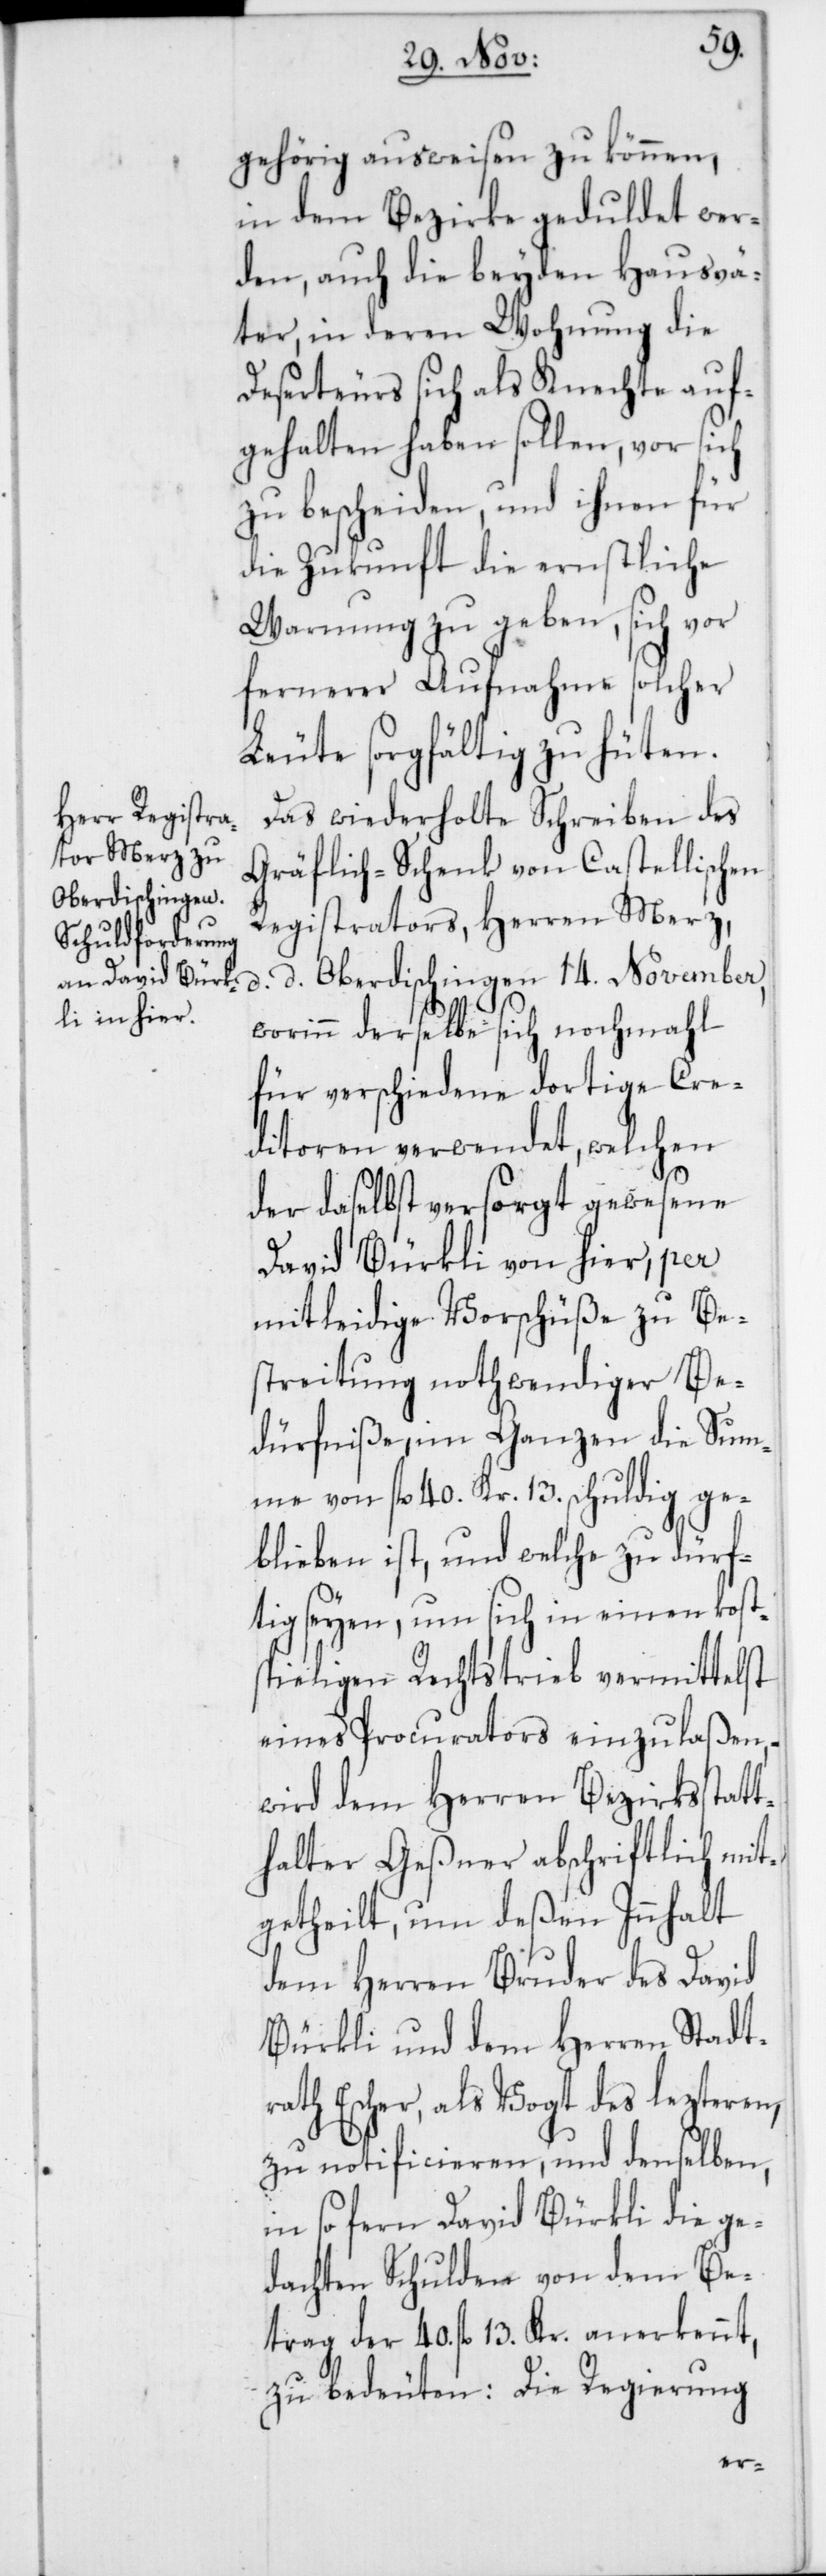
gehörig ausweisen zu können,
in dem Bezirke geduldet wer¬
den, auch die beyden Hausvä¬
ter, in deren Wohnung die
Deserteurs sich als Knechte auf¬
gehalten haben sollen, vor sich
zu bescheiden, und ihnen für
die Zukunft die ernstliche
Warnung zu geben, sich vor
fernerer Aufnahme solcher
Leute sorgfältig zu hüten.
Das wiederholte Schreiben des
Gräflich-Schenk von Castellischen
Registrators, Herren Merz,
d. d. Oberdischingen 14t. November,
worinn derselbe sich nochmahl
für verschiedene dortige Cre¬
ditoren verwendet, welchen
der daselbst versorgt gewesene
David Bürkli von hier, per
mitleidige Vorschüße zu Be¬
streitung nothwendiger Be¬
dürfniße, im Ganzen die Sum¬
me von fl. 40. Kr. 13. schuldig ge¬
blieben ist, und welche zu dürf¬
tig seyen, um sich in einen kost¬
spieligen Rechtstrieb vermittelst
eines Procurators einzulaßen,
wird dem Herren Bezirksstatt¬
halter Geßner abschriftlich mit¬
getheilt, um deßen Innhalt
dem Herren Bruder des David
Bürkli und dem Herren Stadt¬
rat Escher, als Vogt des lezteren,
zu notificieren, und denselben,
in so fern David Bürkli die ge¬
dachten Schulden von dem Be¬
trag der 40. fl. 13. Kr. anerkennt,
zu bedeuten: Die Regierung